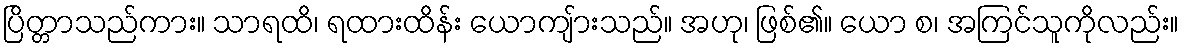
ပြိတ္တာသည်ကား။ သာရထိ၊ ရထားထိန်း ယောကျ်ားသည်။ အဟု၊ ဖြစ်၏။ ယော စ၊ အကြင်သူကိုလည်း။